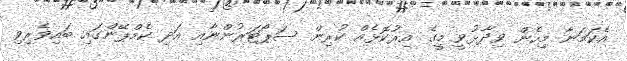
އެކަމަނާ މިހެން ވިދާޅުވީ މީގެ އިރުކޮޅެއް ކުރިން ސަޕޯޓަރުންނާއި އަދި ކެމްޕޭންގައި ބައިވެރިވި